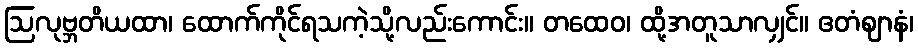
ဩလုဗ္ဘတိယထာ၊ ထောက်ကိုင်ရသကဲ့သို့လည်းကောင်း။ တထေဝ၊ ထို့အတူသာလျှင်။ ဧတံဈာနံ၊